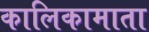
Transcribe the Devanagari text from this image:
कालिकामाता